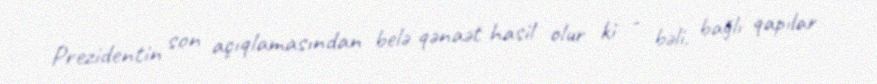
Prezidentin son açıqlamasından belə qənaət hasil olur ki - bəli, bağlı qapılar